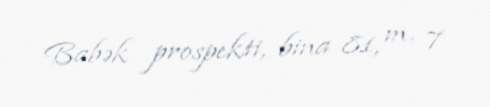
Babək prospekti, bina 81, m. 7